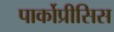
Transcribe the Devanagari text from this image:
पार्कोप्रीसिस